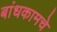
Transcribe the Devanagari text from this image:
बांधकामचे